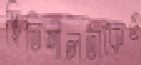
স্থিতিশীলতাকেও